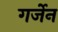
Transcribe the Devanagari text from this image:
गर्जेन